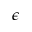
\epsilon